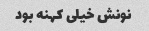
نونش خیلی کهنه بود